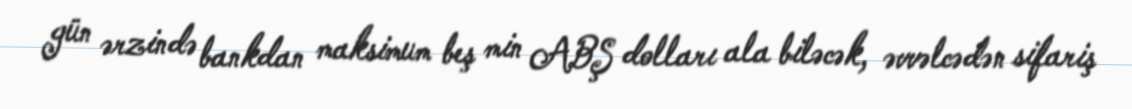
gün ərzində bankdan maksimum beş min ABŞ dolları ala biləcək, əvvəlcədən sifariş